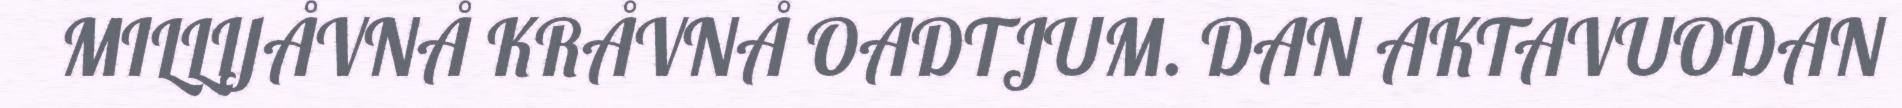
MILLIJÅVNÅ KRÅVNÅ OADTJUM. DAN AKTAVUODAN